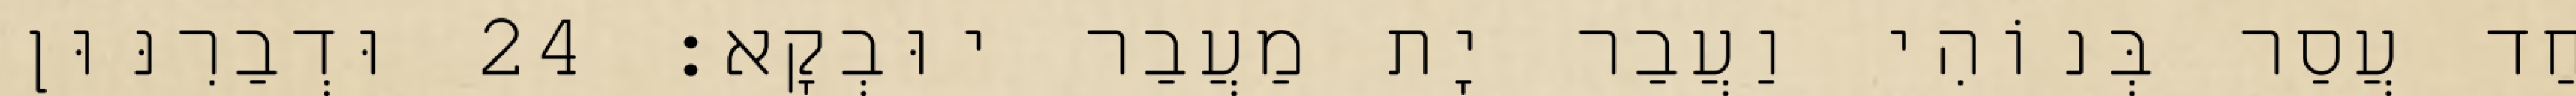
חַד עֲסַר בְּנוֹהִי וַעֲבַר יָת מַעֲבַר יוּבְקָא׃ 24 וּדְבַרִנּוּן